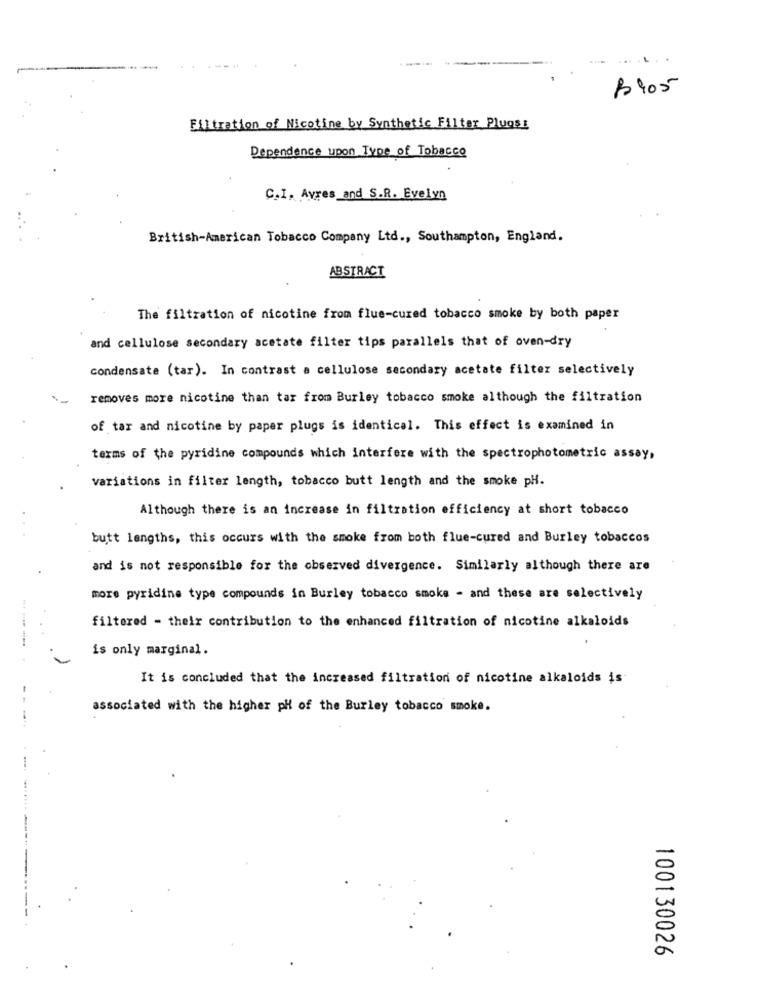
B905
Filtration of Nicotine by Synthetic Filter Plugs:
Dependence upon Type of Tobacco
C.I. Ayres_and S.R. Evelyn
British-American Tobacco Company Ltd ., Southampton, England.
ABSTRACT
The filtration of nicotine from flue-cured tobacco smoke by both paper
and cellulose secondary acetate filter tips parallels that of oven-dry
condensate (tar). In contrast a cellulose secondary acetate filter selectively
removes more nicotine than tar from Burley tobacco smoke although the filtration
of tar and nicotine by paper plugs is identical. This effect is examined in
terms of the pyridine compounds which interfere with the spectrophotometric assay,
variations in filter length, tobacco butt length and the smoke pH.
Although there is an increase in filtration efficiency at short tobacco
butt lengths, this occurs with the smoke from both flue-cured and Burley tobaccos
and is not responsible for the observed divergence. Similarly although there are
more pyridine type compounds in Burley tobacco smoke - and these are selectively
filtered - their contribution to the enhanced filtration of nicotine alkaloids
is only marginal.
It is concluded that the increased filtration of nicotine alkaloids is
associated with the higher pH of the Burley tobacco smoke.
100130026